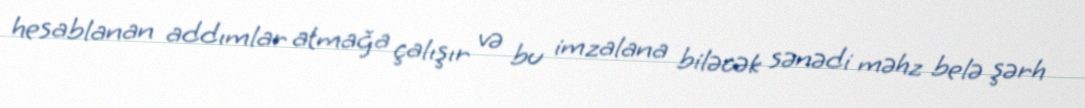
hesablanan addımlar atmağa çalışır və bu imzalana biləcək sənədi məhz belə şərh